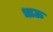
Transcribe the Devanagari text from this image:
धाऊ